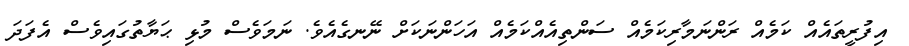
އިފުރީތައެއް ކަމެއް ރަންނަމާރިކަމެއް ސަންތިއެއްކަމެއް އަހަންނަކަށް ނޭނގެއެވެ. ނަމަވެސް މުޅި ޙަޔާތުގައިވެސް އެފަދަ